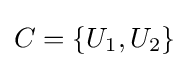
C=\{U_{1},U_{2}\}